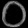
Digit: ၀